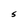
Character: S